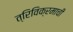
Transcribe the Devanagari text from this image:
त्रिविक्रमाची